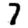
Digit: 7